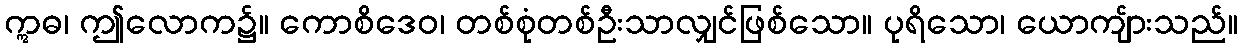
ဣဓ၊ ဤလောက၌။ ကောစိဒေဝ၊ တစ်စုံတစ်ဦးသာလျှင်ဖြစ်သော။ ပုရိသော၊ ယောကျ်ားသည်။